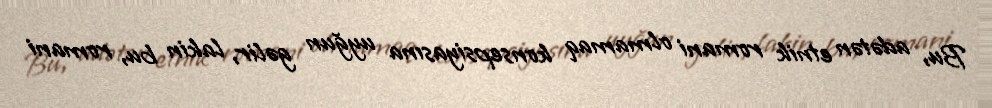
Bu, adətən etnik romani olmamaq konsepsiyasına uyğun gəlir, lakin bu, romani